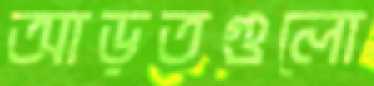
আড়তগুলো